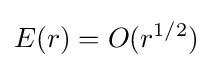
E(r)=O(r^{1/2})